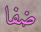
ضفا